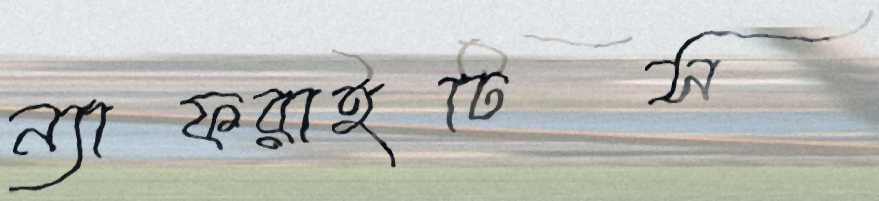
ন্যাফরাইটিস